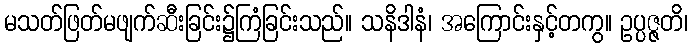
မသတ်ဖြတ်မဖျက်ဆီးခြင်း၌ကြံခြင်းသည်။ သနိဒါနံ၊ အကြောင်းနှင့်တကွ။ ဥပ္ပဇ္ဇတိ၊